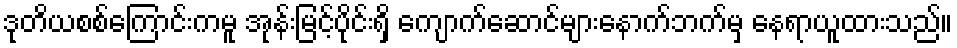
ဒုတိယစစ်ကြောင်းကမူ အုန်းမြင့်ပိုင်းရှိ ကျောက်ဆောင်များနောက်ဘက်မှ နေရာယူထားသည်။